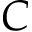
C